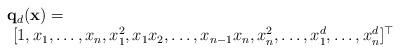
LaTeX: \begin{align*}\begin{array}{l} \mathbf{q}_d(\mathbf{x})= \\~[1,x_1,\dots,x_n,x_1^2,x_1x_2,\dots,x_{n-1}x_{n},x_n^2,\dots,x_1^d,\dots,x_n^d]^\top \end{array}\end{align*}